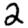
Digit: 2